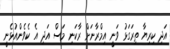
އަދި ކިރިޔާ ތިރަގަޅު ވަނީ އިމްރާނަށް ރާކަނި މަސް އަދި އެ ކެވެންއުޅެނީ